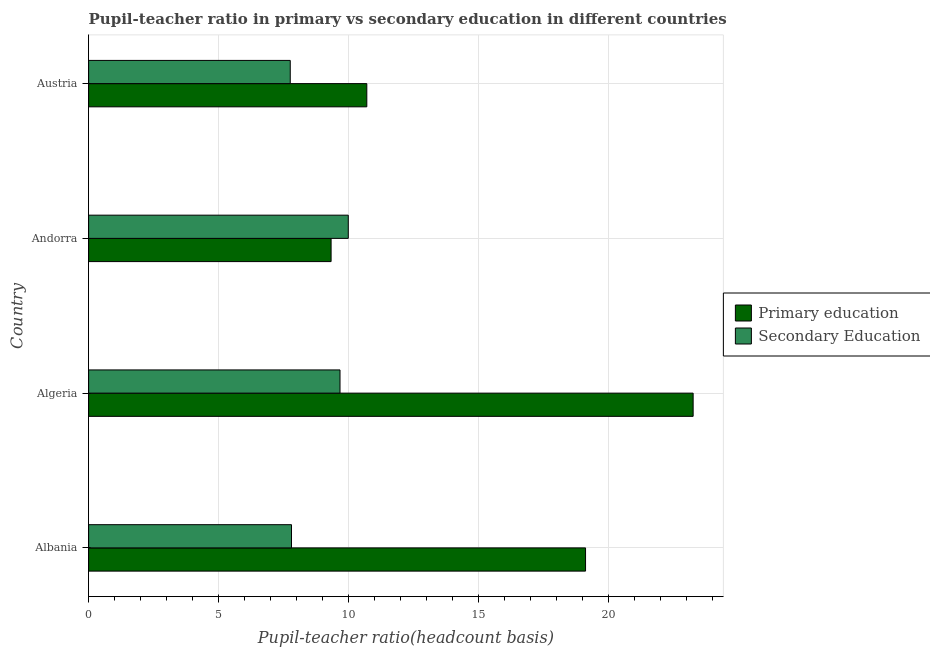
| Country | Primary education | Secondary Education |
 | --- | --- | --- |
 | Albania | 19.1 | 7.81 |
 | Algeria | 23.3 | 9.67 |
 | Andorra | 9.33 | 9.99 |
 | Austria | 10.7 | 7.76 |